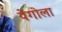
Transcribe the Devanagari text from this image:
येगोला